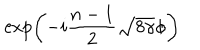
\exp \left( - i \frac { n - 1 } { 2 } \sqrt { 8 \gamma } \phi \right)